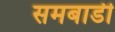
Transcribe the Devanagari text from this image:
समबाडी